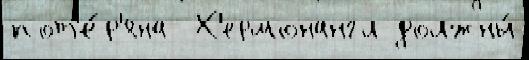
пот'е́р'яна  Х'ермонангл должны́